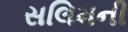
સલિમની